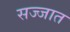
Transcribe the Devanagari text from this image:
सज्जात